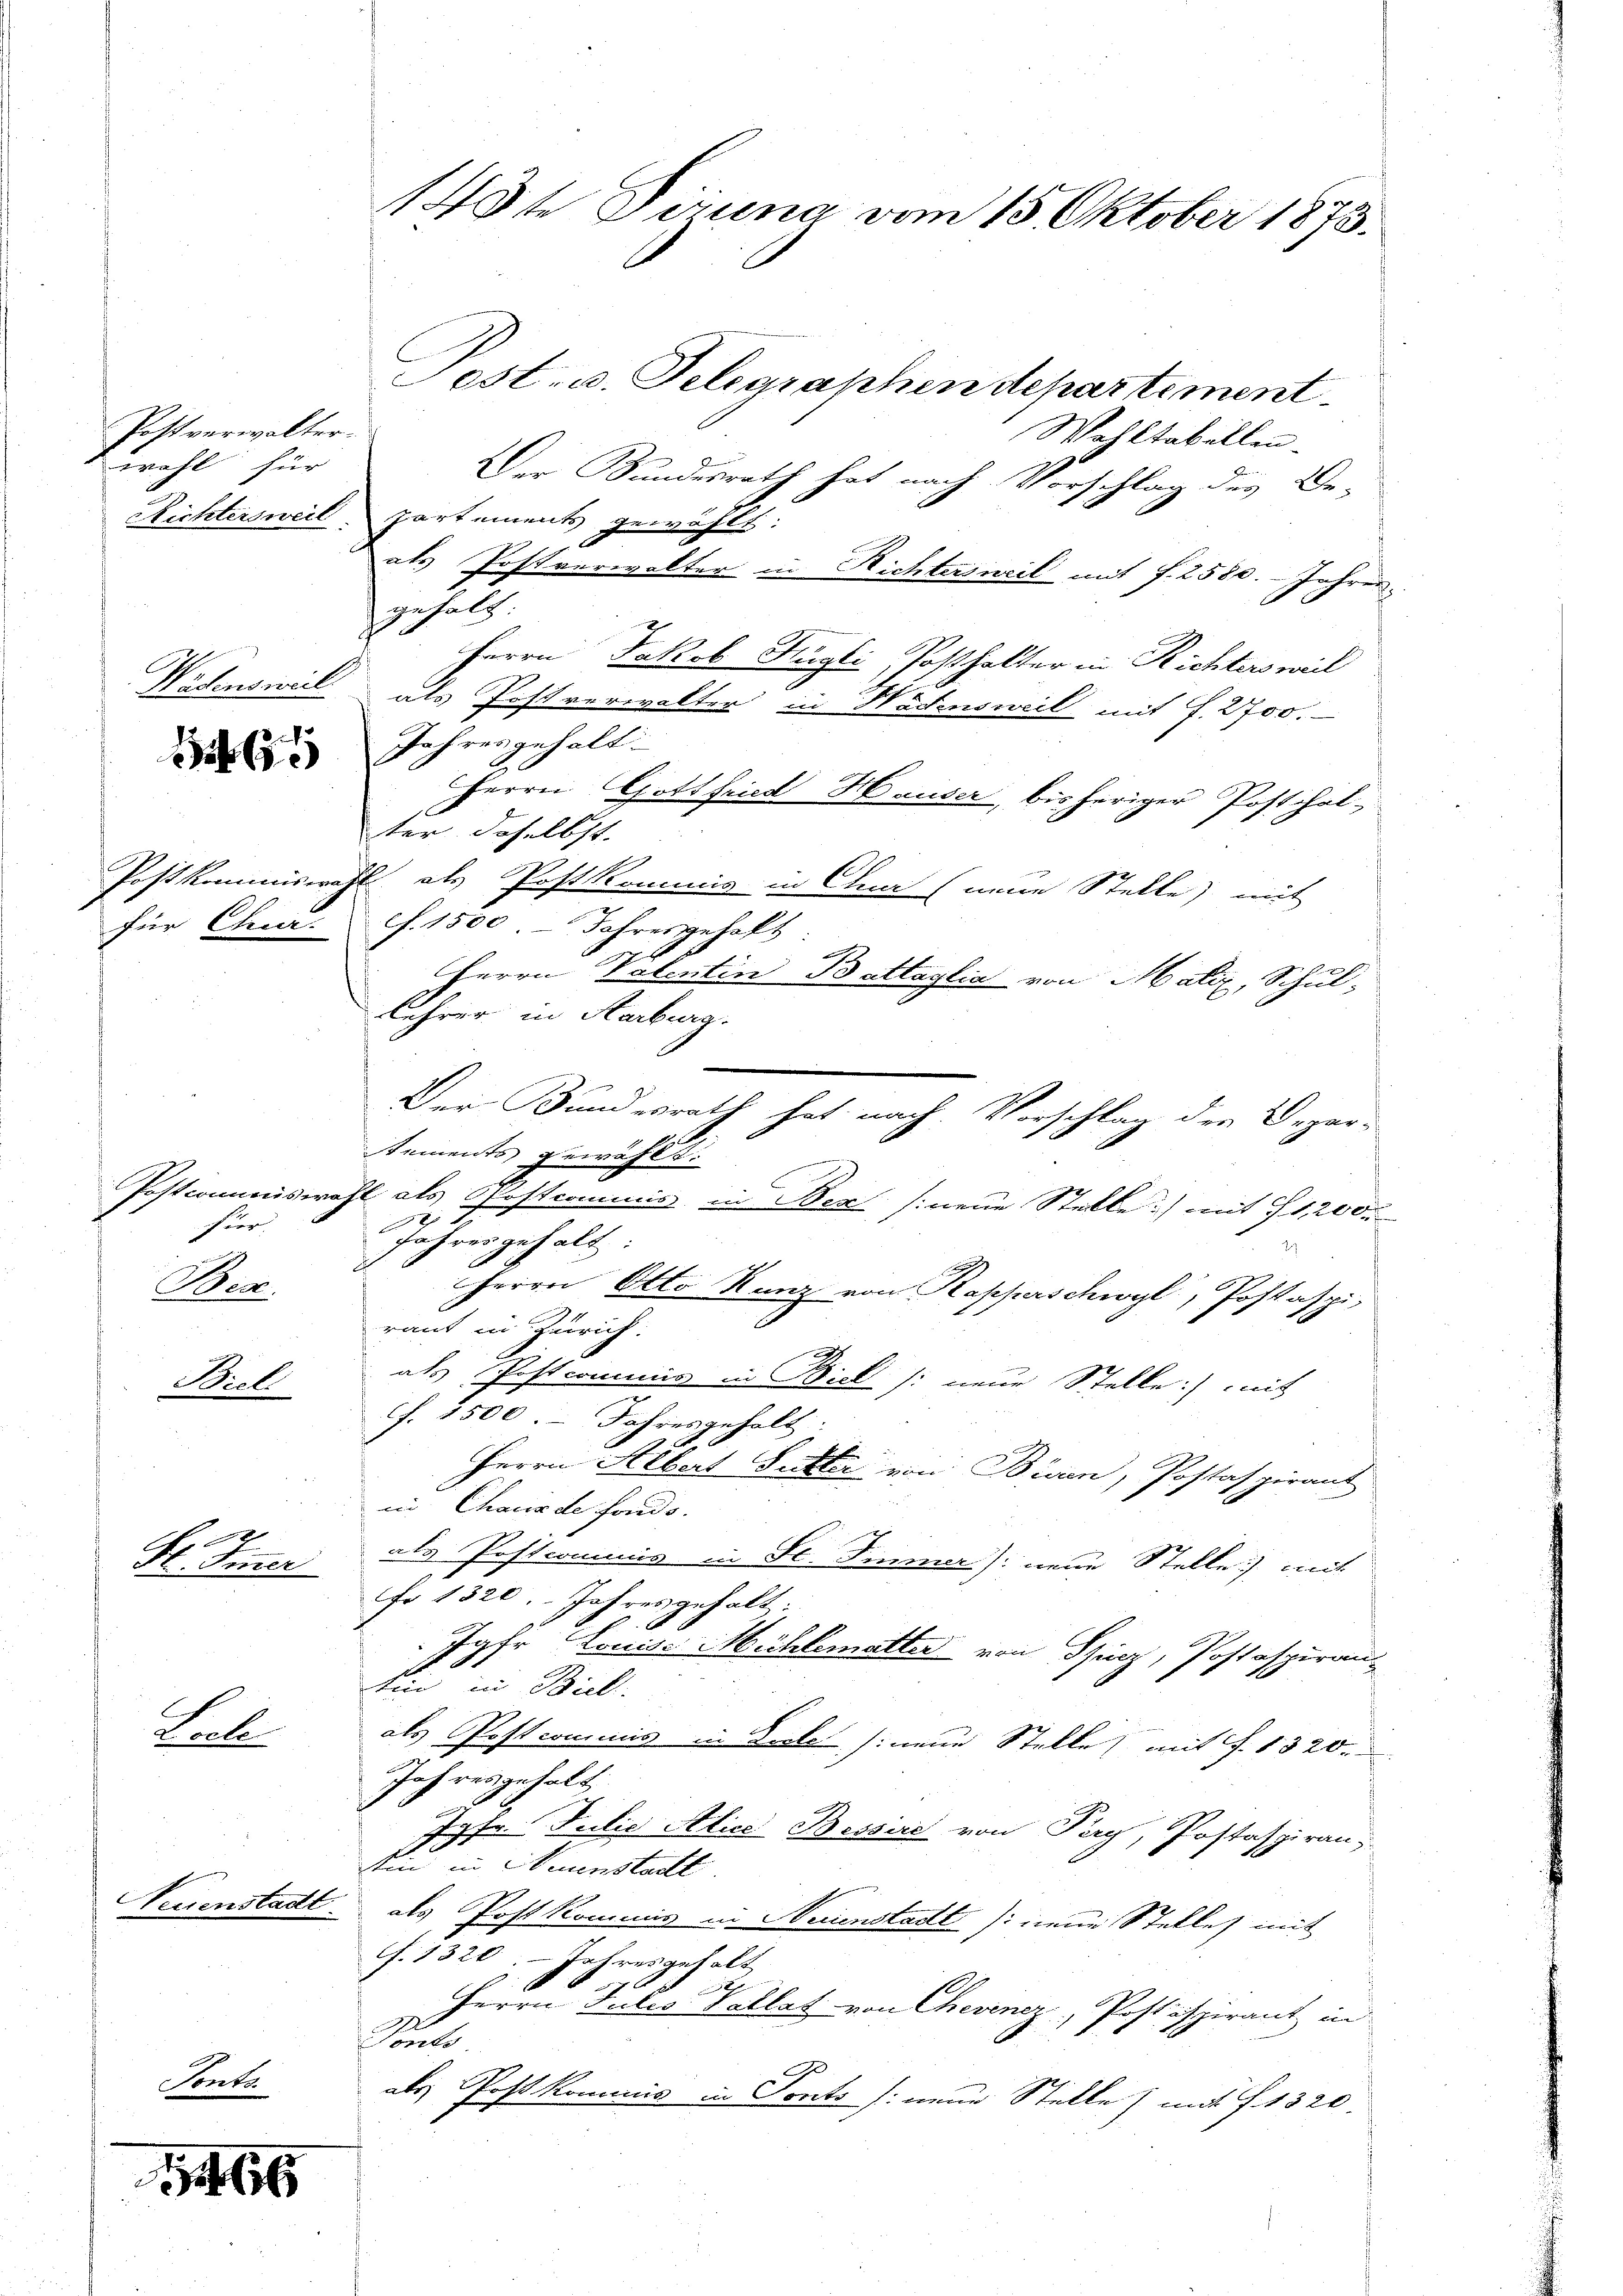
Postverwalterwohl für

Postkommission
für Chur.

Wadenswiel

16

Heer
Bise.

20x
H. Tuzer

Fall

Neuenstadt

Breli

Sonke

166

148te Piruna vom 15. Oktober 1873.
Post- u. Telegraphen departement.

W Oktabellen.
Der Bundesrath hat nach Vorschlag des De-
Richtersweil. Partements gewohls:
als Postverwalter in Richtersweil mit f. 2580. Jahren
gehalt.
Herrn Jakob Hügli, Posthalter in Richters weil
als Postverwalter in Hädensweil mit f. 2700.
Jahres gehalt.
Herrn Gottfried Hauser, bisheriger Posthalter, daselbst.
El als Postkommis in Chur (neue Stelle) mit
c. 1500.- Jahresgeholt
Herrn Patentin Battaglia von Matiz, Schul-
Lehrer in Aarburg.
Der Bundesrath hat nach Vorschlag der Depar-
sements gewählt.
Postcommiswahl als Postcommis in Bex (neue Stelle) mit 12000
 x
Jahres gehalt.
Herrn Otto Ranz von Rapperschwyl, Postaspi
raut in Zürich:
.
als Postcomunis in Biel /: neue Stelle: mit
f. 2500. Jahresgeholt:
Herrn Albert Futter von Büren, Postafpirant
in Chaus de fonds.
als Postcommis in St. Fimmer): neue Stelle) mit
fo 1320. Jahresgehalt:
.
Jgfr. Louise Mühlematter von Spiez, Postaspiran-
bin in Biel
als Postcommis in Seele sinene Stelle mit §. 1320.
Jahresgehalt
A
Jgfr. Julio Alice Bessire von Pery, Postaspiran
Ein in Neuenstadtl
als Post kommis in Neuenstadt /: neue Stelles mit
f. 1320: Jahresgehalt
0
x
Herrn Julio Vallat von Chevinez, Postspirant in
I
anzle
als Post kommnis in Sonts neue Stelle) mit 1320.